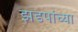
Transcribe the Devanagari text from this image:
झडपांच्या